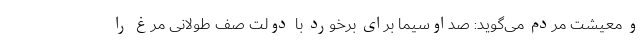
و معیشت مردم می‌گوید: صداوسیما برای برخورد با دولت صف طولانی مرغ را